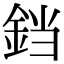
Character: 𫟰